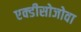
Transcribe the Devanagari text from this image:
एक्डीसोजोवा